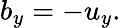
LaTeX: b_{y}=-u_{y}.